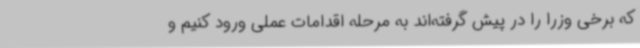
که برخی وزرا را در پیش گرفته‌اند به مرحله اقدامات عملی ورود کنیم و